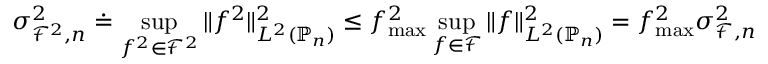
\sigma _ { \mathcal { F } ^ { 2 } , n } ^ { 2 } \doteq \operatorname* { s u p } _ { f ^ { 2 } \in \mathcal { F } ^ { 2 } } \| f ^ { 2 } \| _ { L ^ { 2 } ( \mathbb { P } _ { n } ) } ^ { 2 } \le f _ { \operatorname* { m a x } } ^ { 2 } \operatorname* { s u p } _ { f \in \mathcal { F } } \| f \| _ { L ^ { 2 } ( \mathbb { P } _ { n } ) } ^ { 2 } = f _ { \operatorname* { m a x } } ^ { 2 } \sigma _ { \mathcal { F } , n } ^ { 2 }